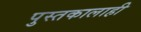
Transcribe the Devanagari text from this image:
पुस्तकालाही